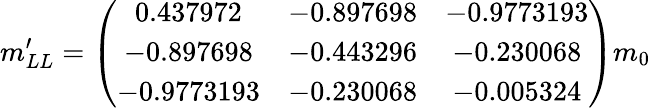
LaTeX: m_{LL}^{\prime}=\left(\begin{array}{ccc}{{0.437972}}&{{-0.897698}}&{{-0.9773193}}\\ {{-0.897698}}&{{-0.443296}}&{{-0.230068}}\\ {{-0.9773193}}&{{-0.230068}}&{{-0.005324}}\end{array}\right)m_{0}